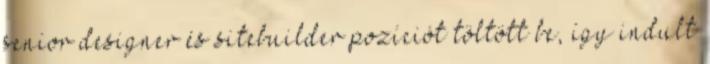
senior designer és sitebuilder pozíciót töltött be, így indult